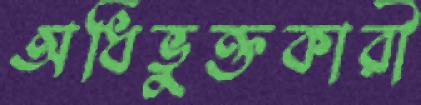
অধিভুক্তকারী